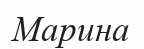
Марина